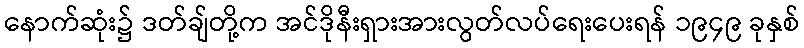
နောက်ဆုံး၌ ဒတ်ချ်တို့က အင်ဒိုနီးရှားအားလွတ်လပ်ရေးပေးရန် ၁၉၄၉ ခုနှစ်